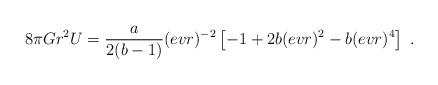
LaTeX: \begin{align*}8\pi G r^2 U = {{{a}} \over 2({{b}}-1)} (evr)^{-2} \left[ -1 + 2 {{b}} (evr)^2 - {{b}} (evr)^4 \right]\ .\end{align*}